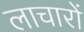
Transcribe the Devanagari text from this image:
लाचारों